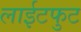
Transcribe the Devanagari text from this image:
लाईटफुट